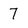
Character: 7